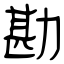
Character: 勘